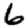
Digit: 6